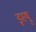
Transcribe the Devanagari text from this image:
इस्यू